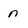
Character: n